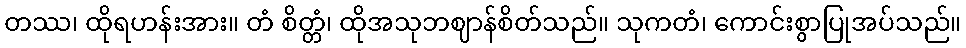
တဿ၊ ထိုရဟန်းအား။ တံ စိတ္တံ၊ ထိုအသုဘဈာန်စိတ်သည်။ သုကတံ၊ ကောင်းစွာပြုအပ်သည်။